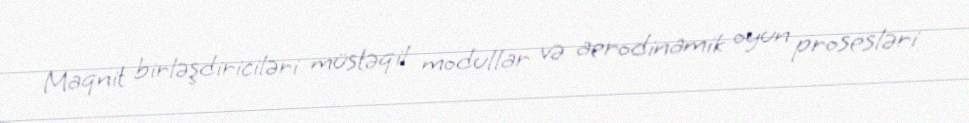
Maqnit birləşdiriciləri müstəqil modullar və aerodinamik oyun prosesləri